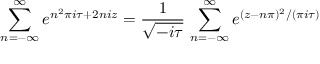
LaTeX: \sum _ { n = - \infty } ^ { \infty } e ^ { n ^ { 2 } \pi i \tau + 2 n i z } = \frac { 1 } { \sqrt { - i \tau } } \, \sum _ { n = - \infty } ^ { \infty } e ^ { ( z - n \pi ) ^ { 2 } / ( \pi i \tau ) }